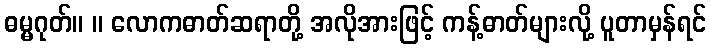
ဓမ္မဂုတ်။ ။ လောကဓာတ်ဆရာတို့ အလိုအားဖြင့် ကန့်ဓာတ်များလို့ ပူတာမှန်ရင်